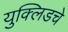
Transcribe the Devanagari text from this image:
युक्लिडचे